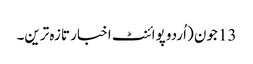
13 جون (اُردو پوائنٹ اخبار تازہ ترین۔